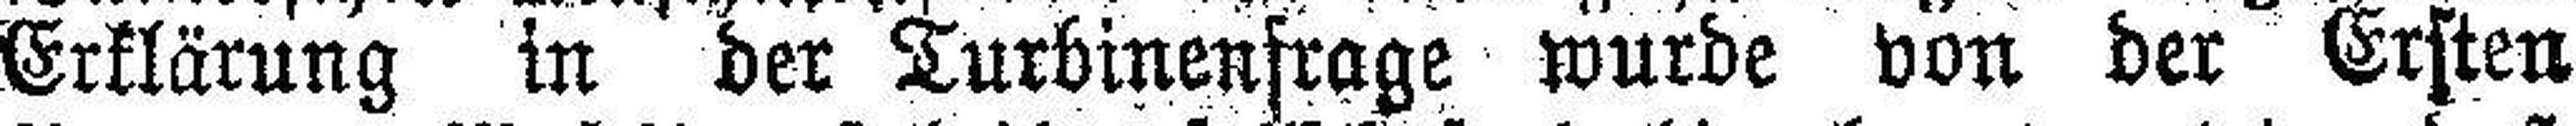
Erklärung in der Turbinenfrage wurde von der Ersten